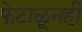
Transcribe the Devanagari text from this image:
फेटाळूनही